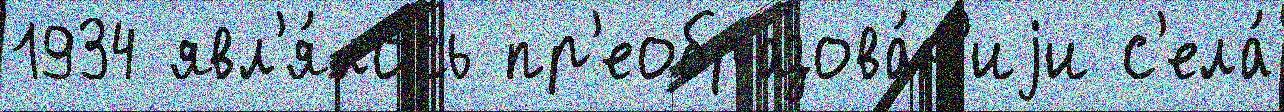
1934 явл'я́лось пр'еобразова́н'иjи с'ела́